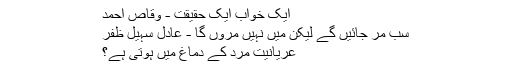
ایک خواب ایک حقیقت - وقاص احمد
سب مر جائیں گے لیکن میں نہیں مروں گا - عادِل سُہیل ظفر
عریانیت مرد کے دماغ میں ہوتی ہے؟